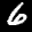
Label: 6